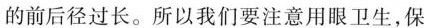
的前后径过长。所以我们要注意用眼卫生，保